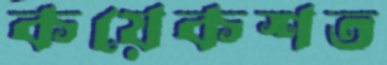
কয়েকশত